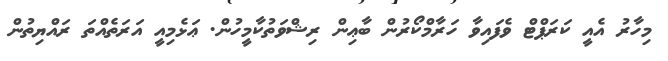
މިހާރު އެއީ ކަރަޕްޓް ވެފައިވާ ހަރާމްކޯރުން ބާޢިން ރިޝްވަތުކާމީހުން. ޢަޅެމިއީ އަރަތެއްތަ ރައްޔިތުން